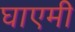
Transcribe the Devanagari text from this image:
घाएमी